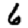
Digit: 6